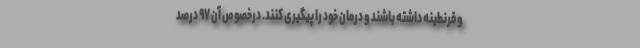
و قرنطینه داشته باشند و درمان خود را پیگیری کنند. درخصوص آن ۹۷ درصد